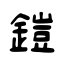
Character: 鎧